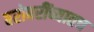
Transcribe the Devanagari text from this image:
बरोबरींच्यातच